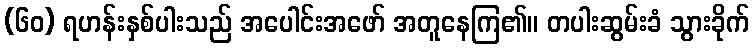
(၆၀) ရဟန်းနှစ်ပါးသည် အပေါင်းအဖော် အတူနေကြ၏။ တပါးဆွမ်းခံ သွားခိုက်